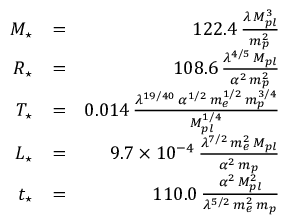
\begin{array} { r l r } { M _ { \star } } & { = } & { 1 2 2 . 4 \, \frac { \lambda \, M _ { p l } ^ { 3 } } { m _ { p } ^ { 2 } } } \\ { R _ { \star } } & { = } & { 1 0 8 . 6 \, \frac { \lambda ^ { 4 / 5 } \, M _ { p l } } { \alpha ^ { 2 } \, m _ { p } ^ { 2 } } } \\ { T _ { \star } } & { = } & { 0 . 0 1 4 \, \frac { \lambda ^ { 1 9 / 4 0 } \, \alpha ^ { 1 / 2 } \, m _ { e } ^ { 1 / 2 } \, m _ { p } ^ { 3 / 4 } } { M _ { p l } ^ { 1 / 4 } } } \\ { L _ { \star } } & { = } & { 9 . 7 \times 1 0 ^ { - 4 } \, \frac { \lambda ^ { 7 / 2 } \, m _ { e } ^ { 2 } \, M _ { p l } } { \alpha ^ { 2 } \, m _ { p } } } \\ { t _ { \star } } & { = } & { 1 1 0 . 0 \, \frac { \alpha ^ { 2 } \, M _ { p l } ^ { 2 } } { \lambda ^ { 5 / 2 } \, m _ { e } ^ { 2 } \, m _ { p } } } \end{array}